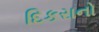
દિકરાનો